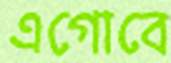
এগোবে